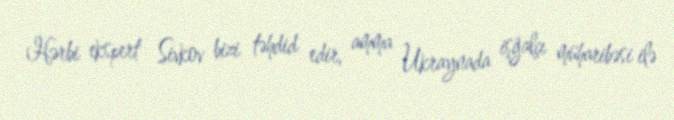
Hərbi ekspert Sivkov bizi təhdid edir, amma Ukraynada işğalçı müharibəsi ilə